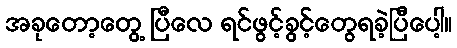
အခုတော့တွေ့ ပြီလေ ရင်ဖွင့်ခွင့်တွေရခဲ့ပြီပေါ့။